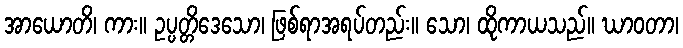
အာယောတိ၊ ကား။ ဥပ္ပတ္တိဒေသော၊ ဖြစ်ရာအရပ်တည်း။ သော၊ ထိုကာယသည်။ ဃာဝတာ၊